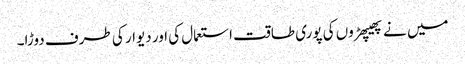
میں نے پھیپھڑوں کی پوری طاقت استعمال کی اور دیوار کی طرف دوڑا۔